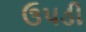
ઉપડી